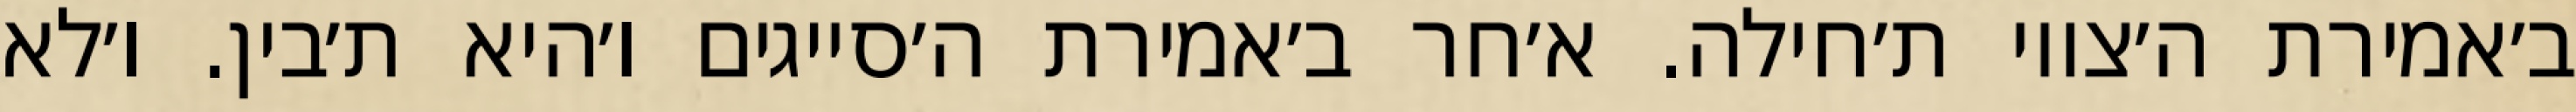
ב׳אמירת ה׳צווי ת׳חילה. א׳חר ב׳אמירת ה׳סייגים ו׳היא ת׳בין. ו׳לא